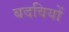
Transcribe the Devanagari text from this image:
बदवियों